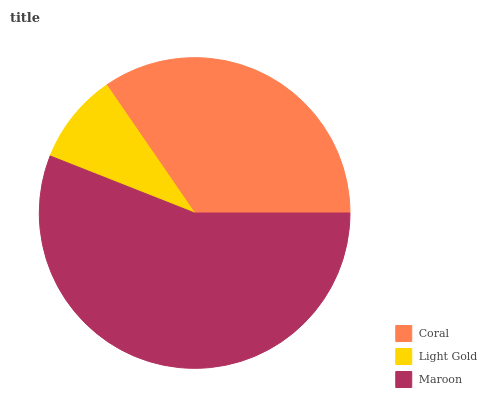
| Coral | Light Gold | Maroon |
 | --- | --- | --- |
 | 34.5% | 9.44% | 56% |